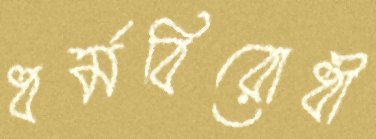
ধর্মবিরোধী